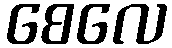
စေလေ